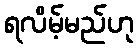
ရလိမ့်မည်ဟု